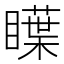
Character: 瞸